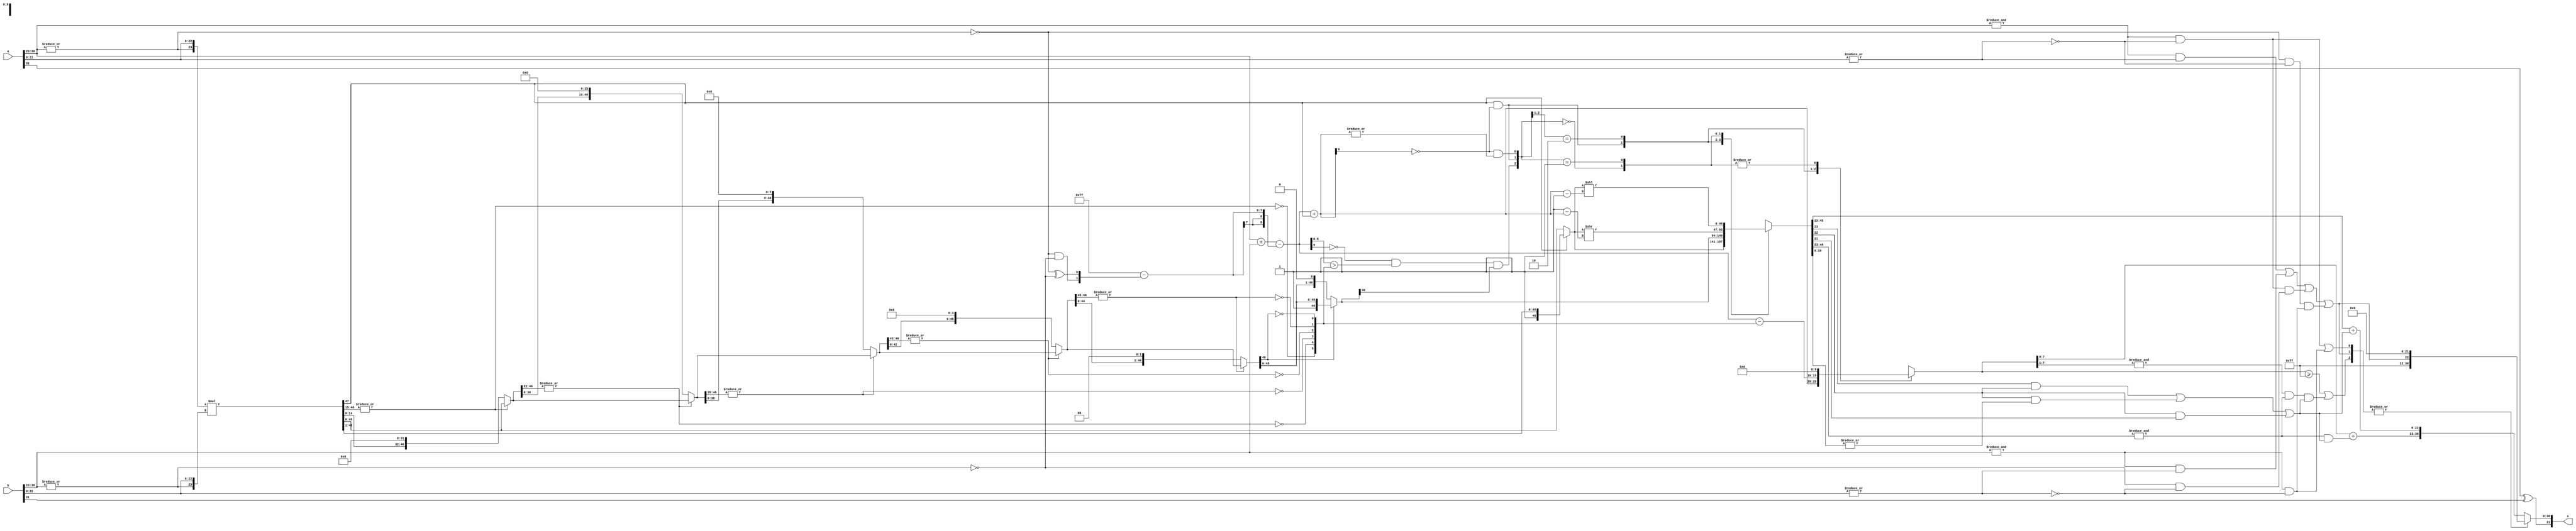
module Mul(a, b, s);

    output [31:0] s;
    input  [31:0] a, b;

    wire exp_a_zero  = ~|a[30:23];
    wire exp_b_zero  = ~|b[30:23];
    wire exp_a_255   =  &a[30:23];
    wire exp_b_255   =  &b[30:23];
    wire frac_a_zero = ~|a[22:0];
    wire frac_b_zero = ~|b[22:0];

    wire is_inf_a  = exp_a_255  &  frac_a_zero;
    wire is_inf_b  = exp_b_255  &  frac_b_zero;
    wire is_nan_a  = exp_a_255  & ~frac_a_zero;
    wire is_nan_b  = exp_b_255  & ~frac_b_zero;
    wire is_zero_a = exp_a_zero &  frac_a_zero;
    wire is_zero_b = exp_b_zero &  frac_b_zero;

    wire is_inf_s  = is_inf_a | is_inf_b;
    wire is_nan_s  = is_nan_a | is_nan_b | (is_inf_a & is_zero_b) | (is_zero_a & is_inf_b);
    
    wire [22:0] inf_nan_frac = {is_nan_s, {22{1'b0}}};
    wire [9:0]  exp_10_tmp   = {2'b00, a[30:23]} + {2'b00, b[30:23]};
    wire [9:0]  bias         = 10'd127 - {{8{1'b0}}, exp_a_zero & exp_b_zero, exp_a_zero ^ exp_b_zero};
    wire [9:0]  exp_10       = exp_10_tmp - bias;

    wire a_hidden_bit = ~exp_a_zero;
    wire b_hidden_bit = ~exp_b_zero;

    wire [23:0] a_frac_24bit = {a_hidden_bit, a[22:0]};
    wire [23:0] b_frac_24bit = {b_hidden_bit, b[22:0]};

    wire [47:0] z = a_frac_24bit * b_frac_24bit;

    // Normalization
    wire [46:0] z5, z4, z3, z2, z1, z0;
    wire [5:0]  leading_zeros;

    assign leading_zeros[5] = ~|z[46:15];
    assign z5 = leading_zeros[5] ? {z[14:0], {32{1'b0}}} : z[46:0];
    
    assign leading_zeros[4] = ~|z5[46:31];
    assign z4 = leading_zeros[4] ? {z5[30:0], {16{1'b0}}} : z5;

    assign leading_zeros[3] = ~|z4[46:39];
    assign z3 = leading_zeros[3] ? {z4[38:0], {8{1'b0}}} : z4;

    assign leading_zeros[2] = ~|z3[46:43];
    assign z2 = leading_zeros[2] ? {z3[42:0], {4{1'b0}}} : z3;

    assign leading_zeros[1] = ~|z2[46:45];
    assign z1 = leading_zeros[1] ? {z2[44:0], 2'b00} : z2;

    assign leading_zeros[0] = ~z1[46];
    assign z0 = leading_zeros[0] ? {z1[45:0], 1'b0} : z1;

    reg  [46:0] frac_0;  // temporary fraction
    reg  [9:0]  exp_0;   // temporary fraction

    // always @ (*) begin
    //     if (z[47] && !exp_10_aligned[9]) begin
    //         exp_0  <= exp_10_aligned;
    //         frac_0 <= z[47:1];
    //     end else if (!exp_10[9] && (exp_10[8:0] > leading_zeros) && z0[46]) begin
    //         exp_0  <= exp_10 - leading_zeros;
    //         frac_0 <= z0;
    //     end else begin
    //         exp_0  <= {10{1'b0}};
    //         frac_0 <= (~exp_10_aligned[9] & |exp_10_aligned) ? z_aligned[46:0] << (exp_10_aligned - 10'h1) : z_aligned[46:0] >> (10'h1 - exp_10_aligned);
    //     end
	// end

    wire [46:0] z_aligned      = z[47] ? z[47:1] : z[46:0];
    wire [9:0]  exp_10_aligned = exp_10 + z[47];

    wire s_2 = ~exp_10[9] & (exp_10[8:0] > leading_zeros) & z0[46]; // normalised
    wire s_1 = z[47] & ~exp_10_aligned[9];                          // 11.xxxxxxx...
    wire s_0 = ~exp_10_aligned[9] & |exp_10_aligned;

    always @ (*) begin
        casex ({s_2, s_1, s_0})
            3'bx1x: begin
                exp_0  <= exp_10_aligned;
                frac_0 <= z_aligned;
            end
            3'b10x: begin
                exp_0  <= exp_10 - leading_zeros;
                frac_0 <= z0;
            end
            3'b000: begin
                exp_0  <= {10{1'b0}};
                frac_0 <= z_aligned >> (10'h1 - exp_10_aligned);
            end
            3'b001: begin
                exp_0  <= {10{1'b0}};
                frac_0 <= z_aligned << (exp_10_aligned - 10'h1);
            end
        endcase
    end

    // always @ (*) begin
    //     casex ({s_1, s_0})
    //         2'bx1: begin
    //             exp_0  <= exp_10_aligned;
    //             frac_0 <= z_aligned;
    //         end
    //         2'b10: begin
    //             exp_0  <= exp_10 - leading_zeros;
    //             frac_0 <= z0;
    //         end
    //         2'b00: begin
    //             exp_0  <= {10{1'b0}};
    //             frac_0 <= (~exp_10_aligned[9] & |exp_10_aligned) ? z_aligned << (exp_10_aligned - 10'h1) : z_aligned >> (10'h1 - exp_10_aligned);
    //         end
    //     endcase
    // end

	wire [26:0] frac   = {frac_0[46:21], |frac_0[20:0]};
	wire        s_sign = a[31] ^ b[31];
	wire        round  = (frac[3] & frac[2]) | (frac[2] & frac[0]) | (frac[2] & frac[1]);
    
	wire [24:0] frac_round = {1'b0, frac[26:3]} + round;
	wire [9:0]  exp_1      = exp_0 + (&frac[26:3] & round);
	wire        overflow   = (exp_0 >= 10'h0ff) | (&exp_0[7:1] & &frac[26:3] & round);

    wire [31:0] final_inf_nan = {s_sign, 8'hff, inf_nan_frac};
    wire [31:0] final_normal  = {s_sign, exp_1[7:0], frac_round[22:0]};

    assign s = |{overflow, is_nan_s, is_inf_s} ? final_inf_nan : final_normal;

endmodule